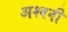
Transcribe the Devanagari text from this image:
अश्‍वनी